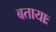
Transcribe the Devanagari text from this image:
बतायाः